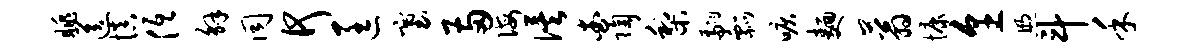
眺送慎低解同何匡塞两诲俟查陶梨翩瓢唳面蓊慷烹煦斗禾